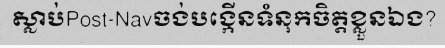
ស្លាប់Post-Navចង់បង្កើនទំនុកចិត្តខ្លួនឯង?